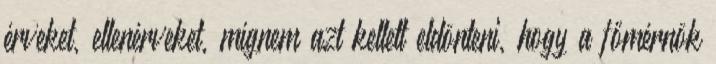
érveket, ellenérveket, mígnem azt kellett eldönteni, hogy a főmérnök